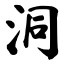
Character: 洞